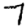
Digit: 7